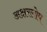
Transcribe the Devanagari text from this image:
अक्षरलोप